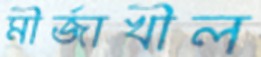
মীর্জাখীল